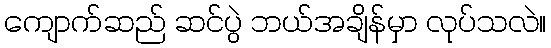
ကျောက်ဆည် ဆင်ပွဲ ဘယ်အချိန်မှာ လုပ်သလဲ။